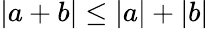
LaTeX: |a+b|\leq|a|+|b|